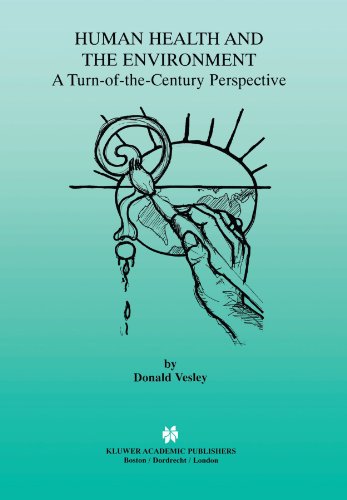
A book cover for Human Health and the Environment: A Turn-of-the-Century Perspective; Donald Vesley; Medical Books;